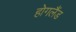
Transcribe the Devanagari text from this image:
होगलैंड